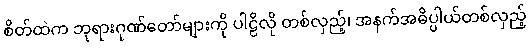
စိတ်ထဲက ဘုရားဂုဏ်တော်များကို ပါဠိလို တစ်လှည့်၊ အနက်အဓိပ္ပါယ်တစ်လှည့်